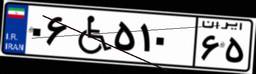
۴۸W۴۴۹۳۱